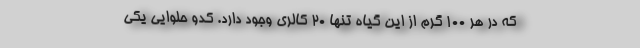
که در هر ۱۰۰ گرم از این گیاه تنها ۲۰ کالری وجود دارد. کدو حلوایی یکی